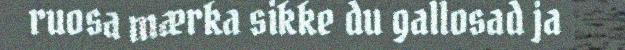
ruosa mærka sikke du gallosad ja